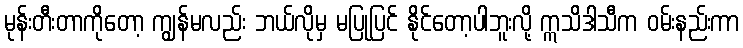
မုန်းတီးတာကိုတော့ ကျွန်မလည်း ဘယ်လိုမှ မပြုပြင် နိုင်တော့ပါဘူးလို့ ဣသိဒါသီက ဝမ်းနည်းကာ